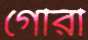
গৌরী